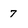
Character: 7